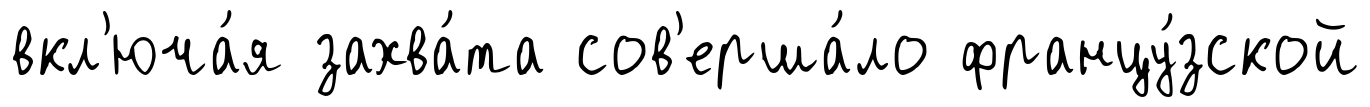
вкл'юча́я захва́та сов'ерша́ло францу́зской